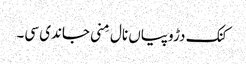
کنک دڑوپیاں نال مِنی جاندی سی۔